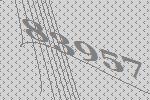
83957